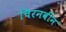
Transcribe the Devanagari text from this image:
चिरनवीन